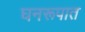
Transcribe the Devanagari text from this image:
घनरूपात